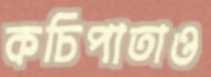
কচিপাতাও